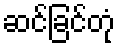
ဆင်ခြင်တုံ